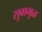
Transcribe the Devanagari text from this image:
सुबाभुळ